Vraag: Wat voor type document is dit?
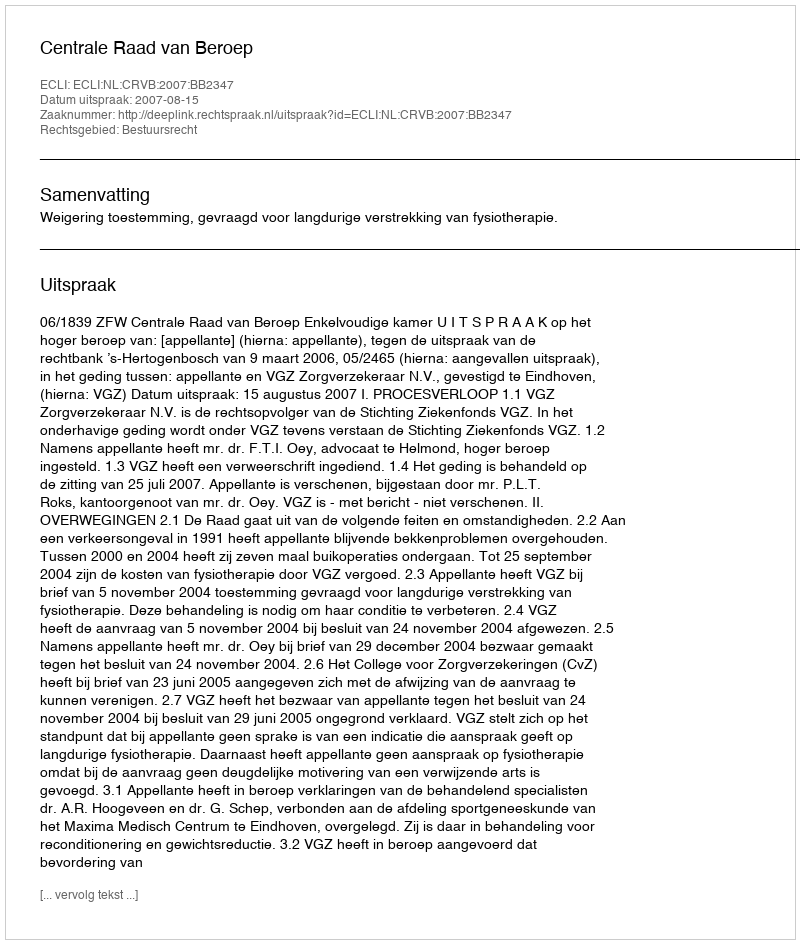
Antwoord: Uitspraak